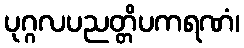
ပုဂ္ဂလပညတ္တိပကရဏံ၊